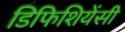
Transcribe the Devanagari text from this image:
डिफिशियेंसी